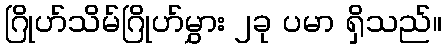
ဂြိုဟ်သိမ်ဂြိုဟ်မွှား ၂ခု ပမာ ရှိသည်။